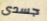
جسدى